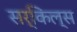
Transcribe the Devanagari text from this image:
सर्किल्स